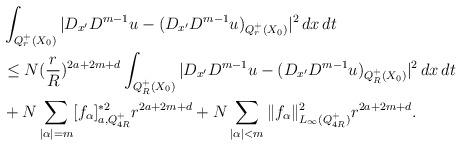
LaTeX: \begin{align*}&\int_{Q_r^+(X_0)}|D_{x^\prime}D^{m-1}u-(D_{x^\prime}D^{m-1}u)_{Q_r^+(X_0)}|^2\,dx\,dt \\&\le N (\frac{r}{R})^{2a+2m+d} \int_{Q_R^+(X_0)}|D_{x^\prime}D^{m-1}u-(D_{x^\prime}D^{m-1}u)_{Q_R^+(X_0)}|^2\,dx\,dt\\&+N\sum_{|\alpha|=m}[f_\alpha]_{a, Q_{4R}^+} ^{\ast2} r^{2a+2m+d} +N\sum_{|\alpha|<m} \|f_\alpha\|_{L_\infty(Q_{4R}^+)}^2r^{2a+2m+d}.\end{align*}